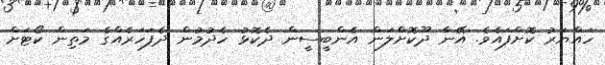
ހައްޔަރު ކޮށްފައެވެ. އޭނާ ދޫކޮށްލަން އެންބީސީން ދެކޮޅު ހެދުމުން ދެފަހަރެއްގެ މަތިން ކޯޓަށް